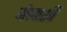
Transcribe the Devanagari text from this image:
चोलाशी